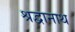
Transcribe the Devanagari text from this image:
श्रद्वानाथ